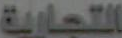
التجارية